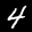
Label: 4